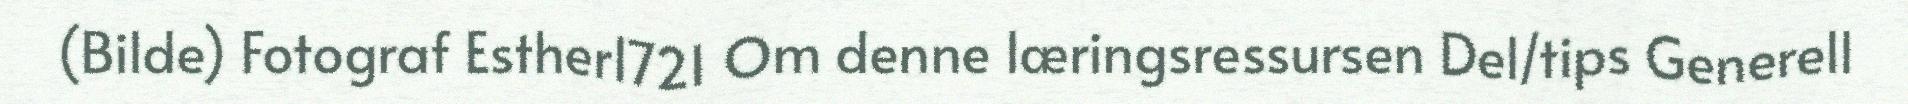
(Bilde) Fotograf Esther1721 Om denne læringsressursen Del/tips Generell